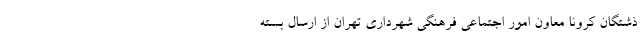
ذشتگان کرونا معاون امور اجتماعی فرهنگی شهرداری تهران از ارسال بسته